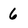
Character: 6